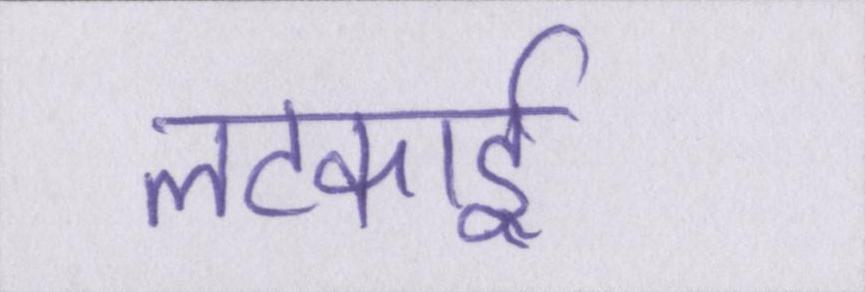
लटकाई